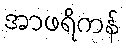
အာဖရိကန်